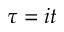
\tau = i t